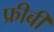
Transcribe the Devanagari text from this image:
फ्रीबी